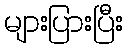
များပြားပြီး